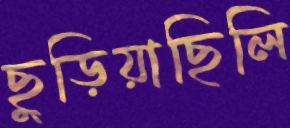
ছুড়িয়াছিলি